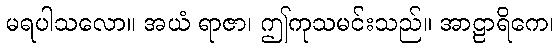
မရပါသလော။ အယံ ရာဇာ၊ ဤကုသမင်းသည်။ အာဠာရိကေ၊